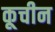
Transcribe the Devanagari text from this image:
कूचीन